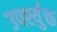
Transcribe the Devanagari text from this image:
उपर्श्युक्त